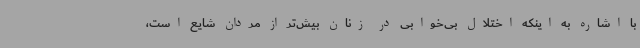
با اشاره به اینکه اختلال بی‌خوابی در زنان بیش‌تر از مردان شایع است،